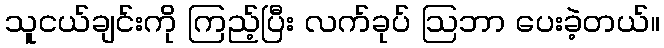
သူငယ်ချင်းကို ကြည့်ပြီး လက်ခုပ် ဩဘာ ပေးခဲ့တယ်။